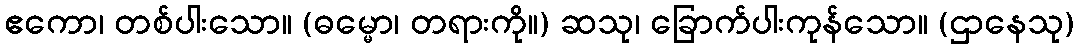
ဧကော၊ တစ်ပါးသော။ (ဓမ္မော၊ တရားကို။) ဆသု၊ ခြောက်ပါးကုန်သော။ (ဌာနေသု)